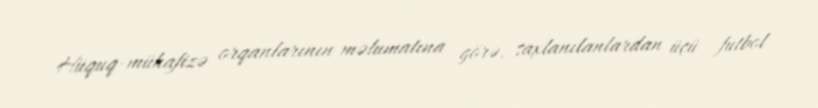
Hüquq-mühafizə orqanlarının məlumatına görə, saxlanılanlardan üçü futbol